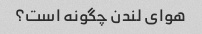
هوای لندن چگونه است؟